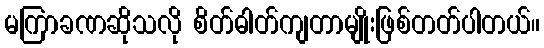
မကြာခဏဆိုသလို စိတ်ဓါတ်ကျတာမျိုးဖြစ်တတ်ပါတယ်။